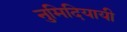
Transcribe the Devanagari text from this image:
नुमिदियायी